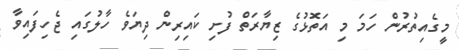
މީގެއިތުރުން ހަމަ މި އަތޮޅުގެ ޒިޔާރަތް ފުށި ކައިރިން ދިޔަވެ ހާލުގައި ޖެހިފައިވާ